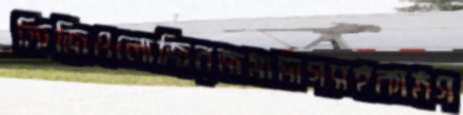
ফিজিওলোজিরজমাভাগসহকাঠগ